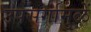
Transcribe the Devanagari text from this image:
उपसर्गामुळें